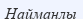
Найманлы